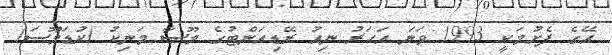
އޭގެ ފެށުމަކީ 1993 ވަނަ އަހަރު ނިއު ރޭޑިއަންޓުގެ މޫސާ މަނިކު (ކުޑަމޫސަ)